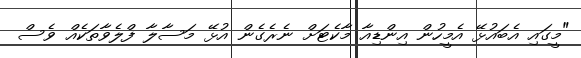
"މީގައި އެބައުޅޭ އެމީހުން އިންޑިއާ މާކެޓަށް ނެރެގެން އުޅޭ މަސާލާ ފްލެވާތަކެއް ވެސް